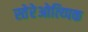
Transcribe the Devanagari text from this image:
स्तेरेओत्य्पिक